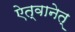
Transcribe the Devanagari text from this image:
ऐत्वानेत्